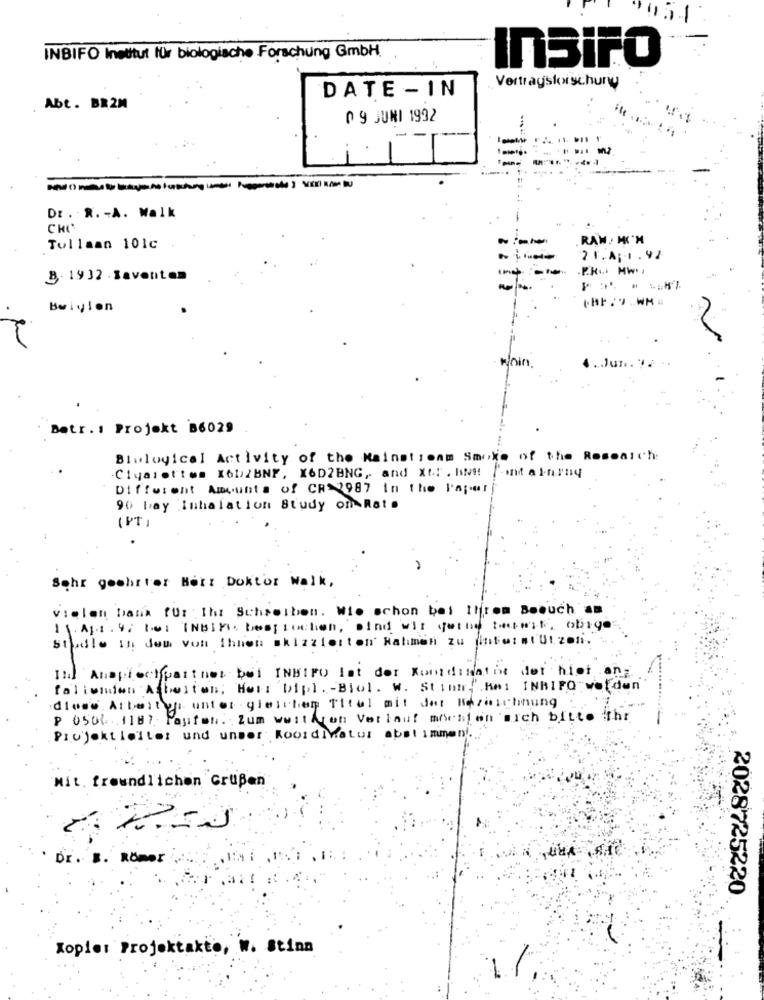
031
INBIFO Institut für biologische Forschung GmbH
InSiFO
DATE - IN
Vertragsforschung
Abt. BR 2M
0 9 JUNI 1992
Dr. R. - A. Walk
RAW. MI'M
Tullaan 101c
21.A; 1 . 92
B. 1932 . Zaventem
Bwiylen
Join
Betr. : Projekt B6029
Biological Activity of the Mainstream Smoke of the Research:
Cigarettes X6b/BNF, X6D2BNG, and Xt: . IN !! Point al-nrny
Different Amounts of CR 2987 In the Paper
90 bay Inhalation Study on Rat .
(PT)
Sehr geehrter Herr Doktor Walk,
vielen Dank für : Iht Schreiben. Wie schon bei Ilfrem Boeuch an
1. Af1.4. DoI INDIK besprochen, sind wit jethe best, obige
studie in dem von Ihnen skizzierton Nahmen zu interntUtzon."
It Ansprechpartner bei INBIFO lat der Kontdinator der hier an
faliunion Arbeiton; Herr Dipl. - Biol. W. Stim Rei INRIFO werden
diese Arbeiten unter gleichen Titul mit der Bezeichnung
P USO2 1187 Fasten. Zum weiteren Verlauf menfen sich bitte the
Projektleiter und unser Koordinator abstimmen
Mit. freundlichen Grußen
Dr. B. RÖMOT
2028725220
Kopier Projektakto, W. Stinn